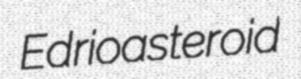
Edrioasteroid